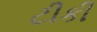
ટીકી